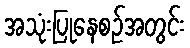
အသုံးပြုနေစဉ်အတွင်း